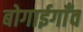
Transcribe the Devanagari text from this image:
बोगाईगाँव